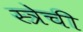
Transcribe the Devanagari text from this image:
स्त्रेची